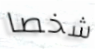
شخصا